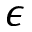
\epsilon